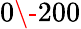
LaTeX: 0\- 200